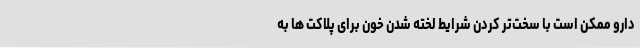
دارو ممکن است با سخت‌تر کردن شرایط لخته شدن خون برای پلاکت ها به